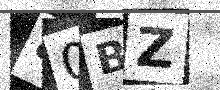
Text: 80BZ